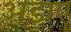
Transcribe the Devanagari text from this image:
अड़ाए